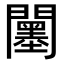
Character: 𨷅